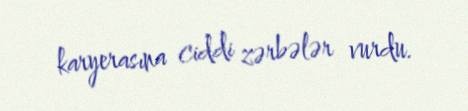
karyerasına ciddi zərbələr vurdu.